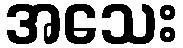
အသေး